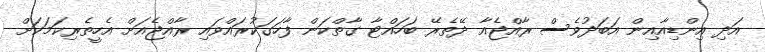
އަދި އިންޑިއާއިން އަބަދުވެސް ރާއްޖެއާ ދޭތެރޭ ބަހައްޓާ ގާތްކަން ފާހަގަކުރައްވައި ރާއްޖެއަށް އެހީތެރިކަމަކަށް